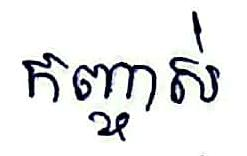
កញ្ចាស់